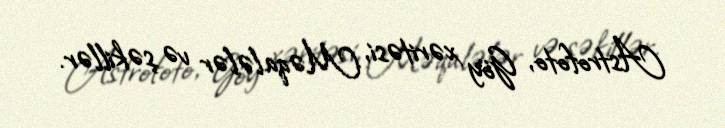
Astrofoto, Göy xəritəsi, Məqalələr və şəkillər.